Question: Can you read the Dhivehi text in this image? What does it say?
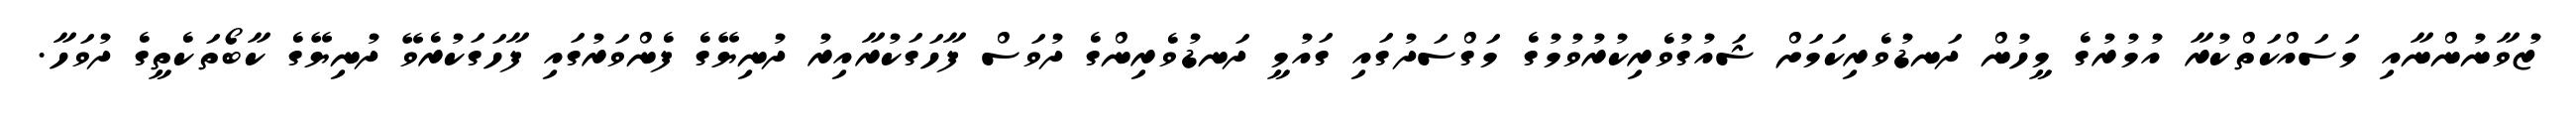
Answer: ޒުވާނުންނާއި މަސައްކަތްކުރާ އުމުރުގެ މީހުން ދަނޑުވެރިކަމަށް ޝައުގުވެރިކުރުވުމުގެ މަގްސަދުގައި ގައުމީ ދަނޑުވެރިންގެ ދުވަސް ފާހަގަކުރާއިރު ދުނިޔޭގެ ފެންވަރުގައި ފާހަގަކުރެވޭ ދުނިޔޭގެ ކާބޯތަކެތީގެ ދުވަހާ.